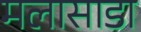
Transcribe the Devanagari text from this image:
मलासाडा